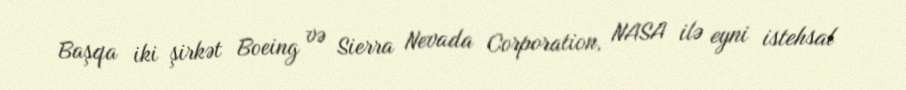
Başqa iki şirkət Boeing və Sierra Nevada Corporation, NASA ilə eyni istehsal